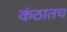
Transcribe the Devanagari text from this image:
कंठातच